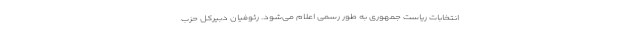
انتخابات ریاست جمهوری به طور رسمی اعلام می‌شود. رئوفیان دبیرکل حزب